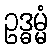
ဥဒ္ဓမ္မံ